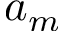
a _ { m }